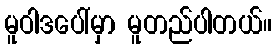
မူဝါဒပေါ်မှာ မူတည်ပါတယ်။